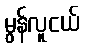
မွန်လူငယ်